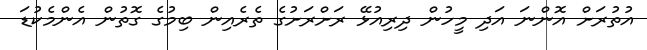
އުތުރަށް އޮންނަ އަދި މީހުން ދިރިއުޅޭ ރަށްރަށުގެ ތެރެއިން ބިމުގެ ގޮތުން އެންމެކުޑަ